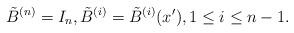
LaTeX: \begin{align*} \tilde{B}^{(n)}=I_n, \tilde{B}^{(i)}=\tilde{B}^{(i)}(x'),1\leq i\leq n-1.\end{align*}